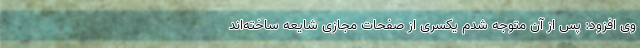
وی افزود: پس از آن متوجه شدم یکسری از صفحات مجازی شایعه ساخته‌اند